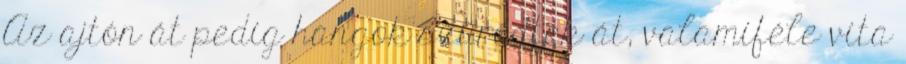
Az ajtón át pedig hangok szűrődtek át, valamiféle vita